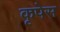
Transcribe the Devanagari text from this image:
कृपेस